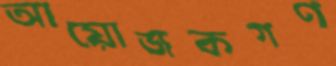
আয়োজকগণ